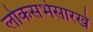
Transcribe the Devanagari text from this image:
लोकसभेसारखे